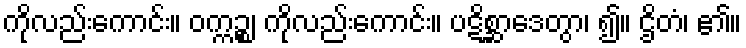
ကိုလည်းကောင်း။ ဝက္ကဉ္စ၊ ကိုလည်းကောင်း။ ပဋိစ္ဆာဒေတွာ၊ ၍။ ဌိတံ၊ ၏။